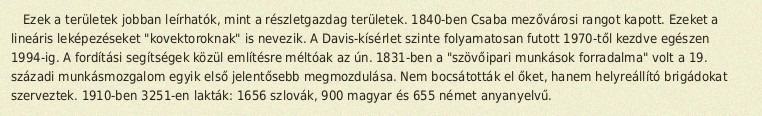
Ezek a területek jobban leírhatók, mint a részletgazdag területek. 1840-ben Csaba mezővárosi rangot kapott. Ezeket a lineáris leképezéseket "kovektoroknak" is nevezik. A Davis-kísérlet szinte folyamatosan futott 1970-től kezdve egészen 1994-ig. A fordítási segítségek közül említésre méltóak az ún. 1831-ben a "szövőipari munkások forradalma" volt a 19. századi munkásmozgalom egyik első jelentősebb megmozdulása. Nem bocsátották el őket, hanem helyreállító brigádokat szerveztek. 1910-ben 3251-en lakták: 1656 szlovák, 900 magyar és 655 német anyanyelvű.